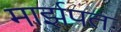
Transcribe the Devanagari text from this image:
मार्झपत